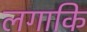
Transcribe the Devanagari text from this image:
लगाकि